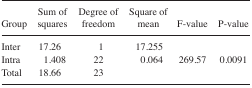
<table><thead><tr><td><b>Group</b></td><td><b>Sum of squares</b></td><td><b>Degree of freedom</b></td><td><b>Square of mean</b></td><td><b>F-value</b></td><td><b>P-value</b></td></tr></thead><tbody><tr><td>Inter</td><td>17.26</td><td>1</td><td>17.255</td><td></td><td></td></tr><tr><td>Intra</td><td>1.408</td><td>22</td><td>0.064</td><td>269.57</td><td>0.0091</td></tr><tr><td>Total</td><td>18.66</td><td>23</td><td></td><td></td><td></td></tr></tbody></table>